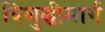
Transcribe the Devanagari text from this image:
विशुद्धीमार्ग